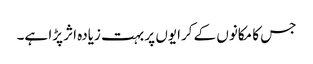
جس کا مکانوں کے کرایوں پر بہت زیادہ اثر پڑا ہے۔